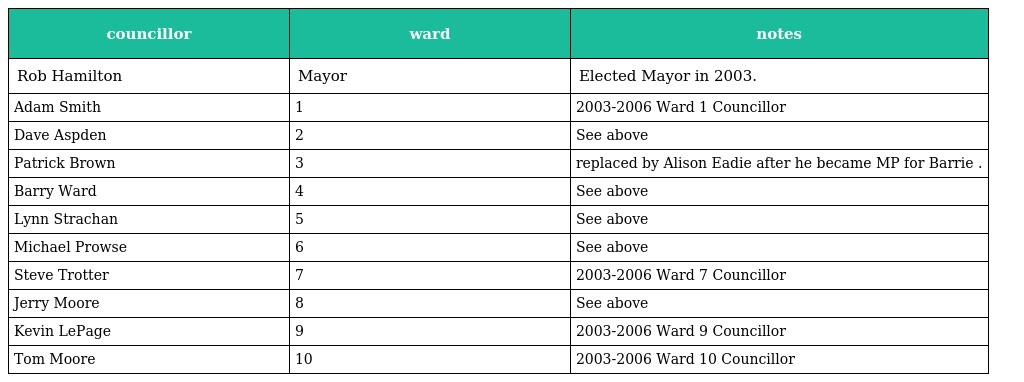
| councillor | ward | notes |
 | --- | --- | --- |
 | Rob Hamilton | Mayor | Elected Mayor in 2003. |
 | Adam Smith | 1 | 2003-2006 Ward 1 Councillor |
 | Dave Aspden | 2 | See above |
 | Patrick Brown | 3 | replaced by Alison Eadie after he became MP for Barrie . |
 | Barry Ward | 4 | See above |
 | Lynn Strachan | 5 | See above |
 | Michael Prowse | 6 | See above |
 | Steve Trotter | 7 | 2003-2006 Ward 7 Councillor |
 | Jerry Moore | 8 | See above |
 | Kevin LePage | 9 | 2003-2006 Ward 9 Councillor |
 | Tom Moore | 10 | 2003-2006 Ward 10 Councillor |